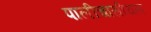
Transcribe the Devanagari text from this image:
पालीचासीयल